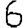
Digit: 6